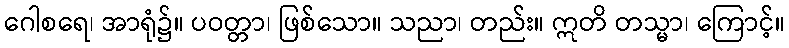
ဂေါစရေ၊ အာရုံ၌။ ပဝတ္တာ၊ ဖြစ်သော။ သညာ၊ တည်း။ ဣတိ တသ္မာ၊ ကြောင့်။